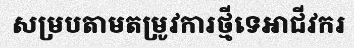
សម្របតាមតម្រូវការថ្មីទេអាជីវករ